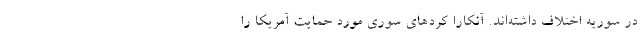
در سوریه اختلاف داشته‌اند. آنکارا کردهای سوری مورد حمایت آمریکا را